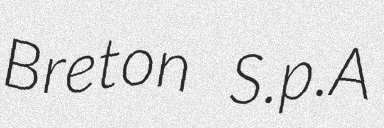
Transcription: Breton S.p.A